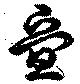
疊